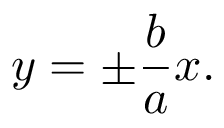
y = \pm { \frac { b } { a } } x .